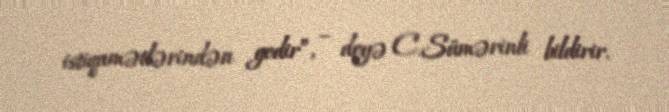
istiqamətlərindən gedir”, – deyə C.Sümərinli bildirir.